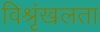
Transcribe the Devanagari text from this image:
विश्रृंखलता